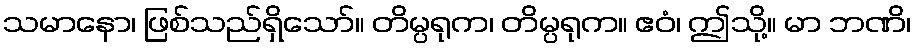
သမာနော၊ ဖြစ်သည်ရှိသော်။ တိမ္ပရုက၊ တိမ္ပရုက။ ဧဝံ၊ ဤသို့။ မာ ဘဏိ၊